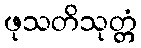
ဖုသတိသုတ္တံ